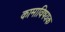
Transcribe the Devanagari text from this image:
कामाविषयक